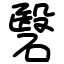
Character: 䃜